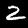
Digit: 2